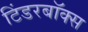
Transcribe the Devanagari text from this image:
टिंडरबॉक्स